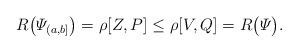
LaTeX: \begin{align*}R\big( \varPsi_{(a,b]} \big) = \rho[Z,P] \le \rho[V,Q] = R\big( \varPsi \big).\end{align*}